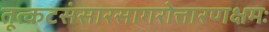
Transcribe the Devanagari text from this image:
तूत्कटसंसारसागरोत्तारणक्षमः